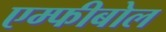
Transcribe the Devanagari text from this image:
एम्फीबोल